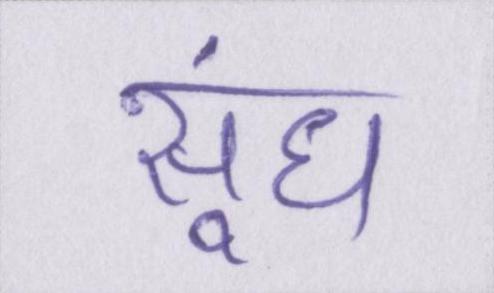
सूंघ